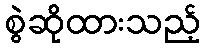
စွဲဆိုထားသည့်